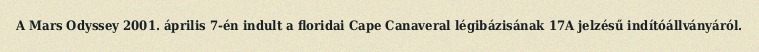
A Mars Odyssey 2001. április 7-én indult a floridai Cape Canaveral légibázisának 17A jelzésű indítóállványáról.